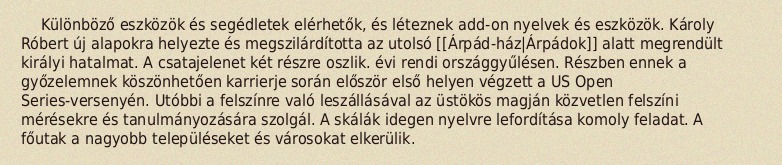
Különböző eszközök és segédletek elérhetők, és léteznek add-on nyelvek és eszközök. Károly Róbert új alapokra helyezte és megszilárdította az utolsó [[Árpád-ház|Árpádok]] alatt megrendült királyi hatalmat. A csatajelenet két részre oszlik. évi rendi országgyűlésen. Részben ennek a győzelemnek köszönhetően karrierje során először első helyen végzett a US Open Series-versenyén. Utóbbi a felszínre való leszállásával az üstökös magján közvetlen felszíni mérésekre és tanulmányozására szolgál. A skálák idegen nyelvre lefordítása komoly feladat. A főutak a nagyobb településeket és városokat elkerülik.